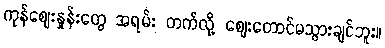
ကုန်ဈေးနှုန်းတွေ အရမ်း တက်လို့ ဈေးတောင်မသွားချင်ဘူး။